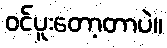
ဝင်ပူးတော့တာပဲ။